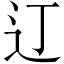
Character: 𫟧